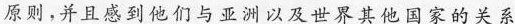
原则，并且感到他们与亚洲以及世界其他国家的关系